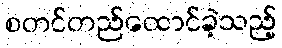
စတင်တည်ထောင်ခဲ့သည့်